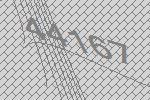
44167